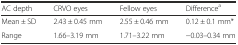
<table><thead><tr><td><b>AC depth</b></td><td><b>CRVO eyes</b></td><td><b>Fellow eyes</b></td><td><b>Difference<sup>a</sup></b></td></tr></thead><tbody><tr><td>Mean ± SD</td><td>2.43 ± 0.45 mm</td><td>2.55 ± 0.46 mm</td><td>0.12 ± 0.1 mm*</td></tr><tr><td>Range</td><td>1.66–3.19 mm</td><td>1.71–3.22 mm</td><td>−0.03–0.34 mm</td></tr></tbody></table>